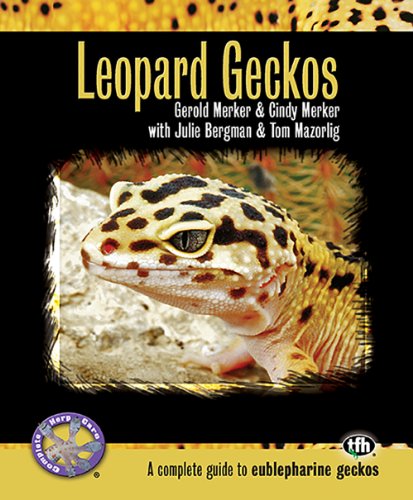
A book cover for Leopard Geckos (Complete Herp Care); Gerald Merker; Crafts, Hobbies & Home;